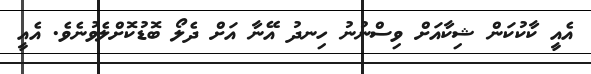
އެއީ ކާކުކަން ޝިކާއަށް ވިސްނުނު ހިނދު އޭނާ އަށް ދެލޯ ބޮޑުކޮށްލެވުނެވެ. އެއީ